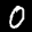
Label: 0